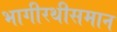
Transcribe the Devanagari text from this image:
भागीरथीसमान